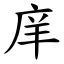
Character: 庠